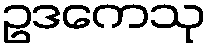
ဥဒကေသု